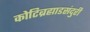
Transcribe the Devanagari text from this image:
कोटिब्रह्माडसंदुरी